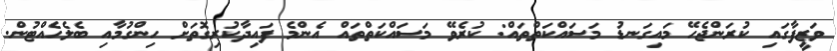
ވަޒީފާގައި ކުރަންޖެހޭ މައިގަނޑު މަސައްކަތްތައް: ކުރެވޭ މަސައްކަތްތައް އެންމެ ފައިދާކުރިގޮތަށް ހިންގުމާއި ބެލެހެއްޓުން.